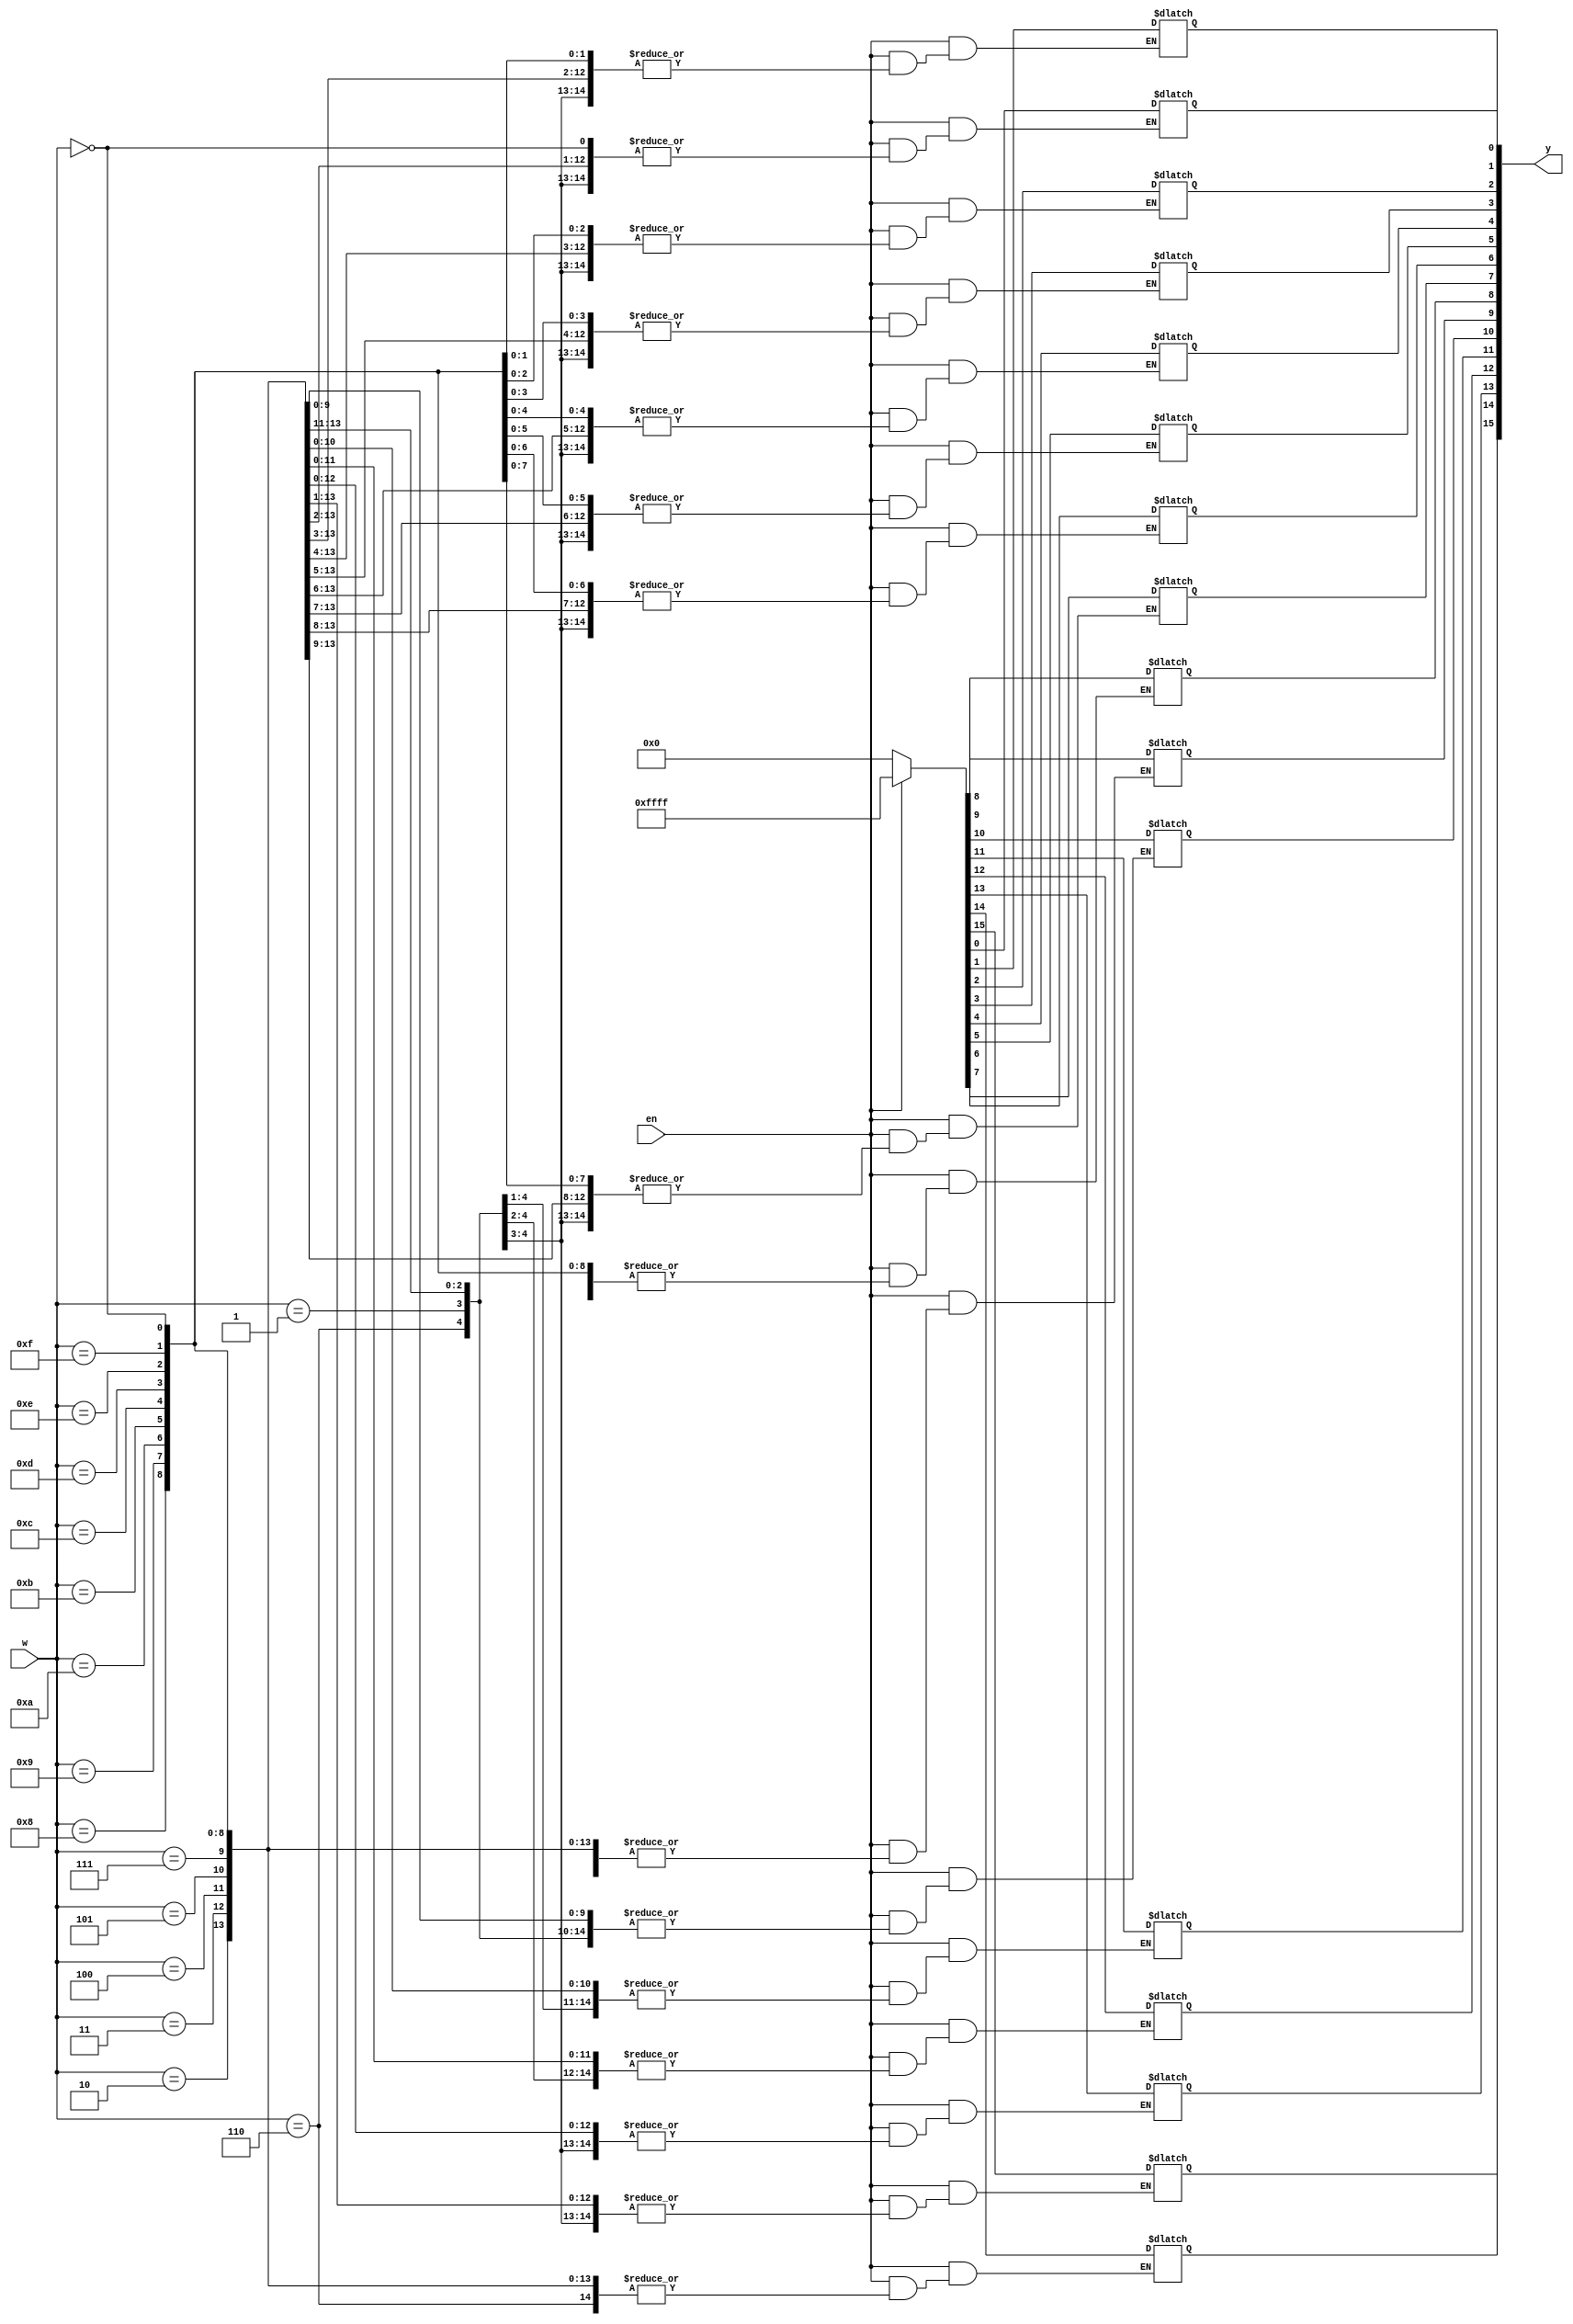
`timescale 1ns / 1ps
//////////////////////////////////////////////////////////////////////////////////
// Company: 
// Engineer: 
// 
// Design Name: 
// Module Name: decoder_generic
// Project Name: 
// Target Devices: 
// Tool Versions: 
// Description: 
// 
// Dependencies: 
// 
// Revision:
// Revision 0.01 - File Created
// Additional Comments:
// 
//////////////////////////////////////////////////////////////////////////////////


module decoder_generic
    #(parameter n = 4)
    (
    input [n-1:0]w,
    input en,
    output reg [0:2 ** n -1] y
    );
    always @ (w,en)
    begin 
        if (en)
            y[w] = 1'b1;
        else
            y = 'b0;
    end
    
endmodule